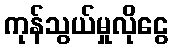
ကုန်သွယ်မှုလိုငွေ